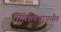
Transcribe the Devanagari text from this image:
मंगोलियापर्यंत